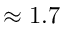
\approx 1 . 7